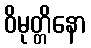
ဝိမုတ္တိနော